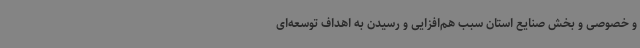
و خصوصی و بخش صنایع استان سبب هم‌افزایی و رسیدن به اهداف توسعه‌ای